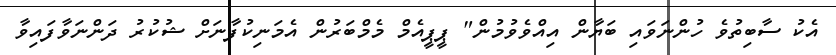
އެކު ސާބިތުވެ ހުންނަވައި ބަޔާން އިއްވެވުމުން" ޕީޕީއެމް މެމްބަރުން އެމަނިކުފާނަށް ޝުކުރު ދަންނަވާފައިވާ